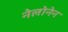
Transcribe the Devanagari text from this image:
नेलोनेन